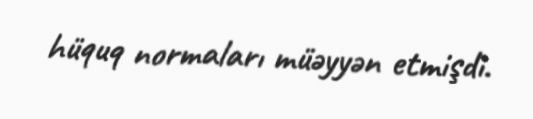
hüquq normaları müəyyən etmişdi.